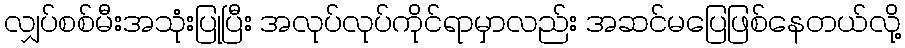
လျှပ်စစ်မီးအသုံးပြုပြီး အလုပ်လုပ်ကိုင်ရာမှာလည်း အဆင်မပြေဖြစ်နေတယ်လို့